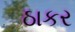
ઠાકર